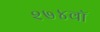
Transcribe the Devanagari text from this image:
२७४वॉ